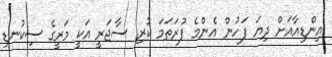
އިންޑިއާއަށް ދިޔަ ފަހުން އެންމެ ފުރަތަމަ ކުރި ސާޖަރީ އަކީ މަރީގެ ސިކުނޑި